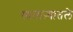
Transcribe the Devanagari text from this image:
साताऱ्यातले